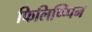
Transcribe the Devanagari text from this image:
फिलिप्प्पिन